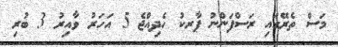
މަސް ތެރޭގައި ރަސްފަންނު ޕާރކު ހެދިއްޖެ 5 އަހަރު ވާއިރު 3 ބުރި